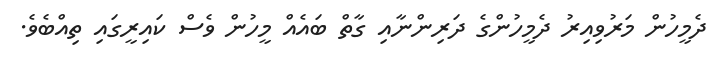
ދެމީހުން މަރުވިއިރު ދެމީހުންގެ ދަރިންނާއި ގާތް ބައެއް މީހުން ވެސް ކައިރީގައި ތިއްބެވެ.